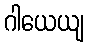
ဂါယေယျ